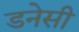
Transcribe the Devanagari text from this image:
डनेसी